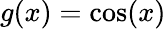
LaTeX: g(x)=\cos(x)